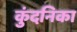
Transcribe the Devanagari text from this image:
कुंदनिका